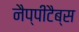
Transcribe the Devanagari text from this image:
नैप्पीटैब्स